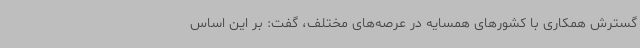
گسترش همکاری با کشورهای همسایه در عرصه‌های مختلف، گفت: بر این اساس